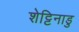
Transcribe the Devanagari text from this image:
शेट्टिनाडु